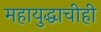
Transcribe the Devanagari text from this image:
महायुद्धाचीही